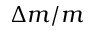
\Delta m / m